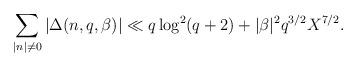
LaTeX: \begin{align*}\sum_{|n|\not=0}|\Delta(n,q,\beta)|\ll q\log^2 (q+2)+|\beta|^2q^{3/2}X^{7/2}.\end{align*}